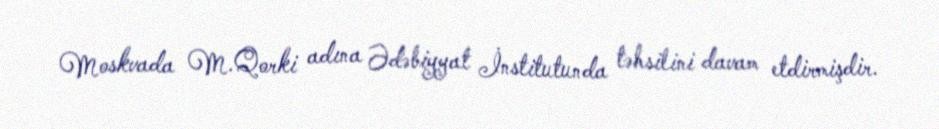
Moskvada M.Qorki adına Ədəbiyyat İnstitutunda təhsilini davam etdirmişdir.